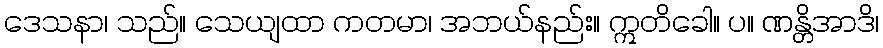
ဒေသနာ၊ သည်။ သေယျထာ ကတမာ၊ အဘယ်နည်း။ ဣတိခေါ။ ပ။ ဏန္တိအာဒိ၊